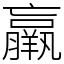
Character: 羸